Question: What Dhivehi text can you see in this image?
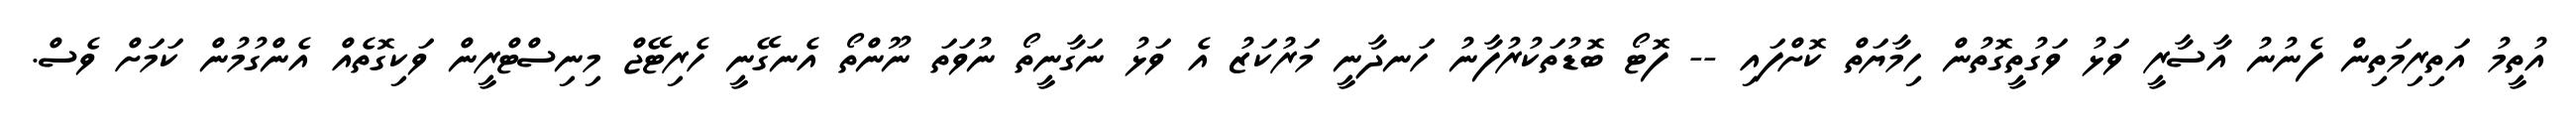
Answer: އުތީމު އަތިރިމަތިން ފެނުނު އާސާރީ ވަޅު ވަގުތީގޮތުން ހިމާޔަތް ކޮށްފައި -- ފޮޓޯ ބޮޑުތަކުރުފާނު ހަނދާނީ މަރުކަޒު އެ ވަޅު ނަގާނީތޯ ނުވަތަ ނޫންތޯ އެނގޭނީ ހެރިޓޭޖް މިނިސްޓްރީން ވަކިގޮތެއް އެންގުމުން ކަމަށް ވެސް.